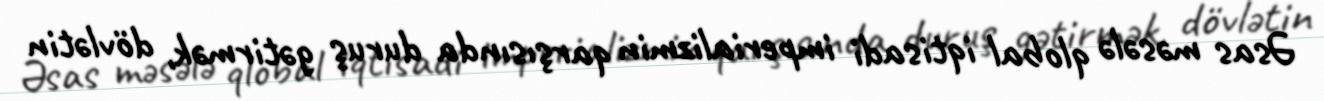
Əsas məsələ qlobal iqtisadi imperializmin qarşısında duruş gətirmək, dövlətin